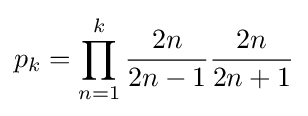
p_{k}=\prod _{n=1}^{k}{\frac {2n}{2n-1}}{\frac {2n}{2n+1}}